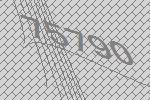
75790